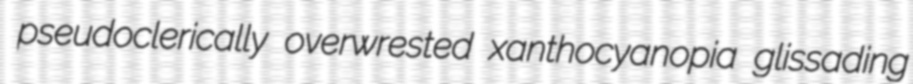
pseudoclerically overwrested xanthocyanopia glissading